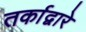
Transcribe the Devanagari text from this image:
तर्काद्वारे